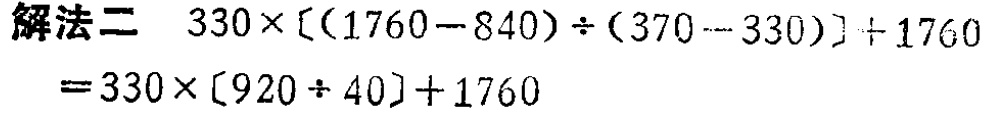
\(
\begin{align*}
& \text{解法二}\quad330\times[(1760 - 840)\div(370 - 330)]+1760\\
=&330\times[920\div40]+1760
\end{align*}
\)